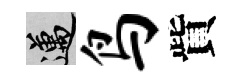
邁鸟貲